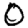
Digit: 0